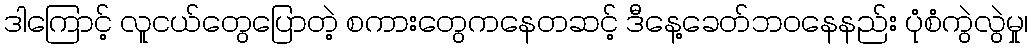
ဒါကြောင့် လူငယ်တွေပြောတဲ့ စကားတွေကနေတဆင့် ဒီနေ့ခေတ်ဘဝနေနည်း ပုံစံကွဲလွဲမှု၊